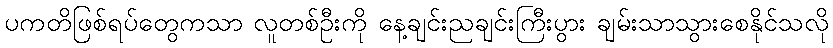
ပကတိဖြစ်ရပ်တွေကသာ လူတစ်ဦးကို နေ့ချင်းညချင်းကြီးပွား ချမ်းသာသွားစေနိုင်သလို